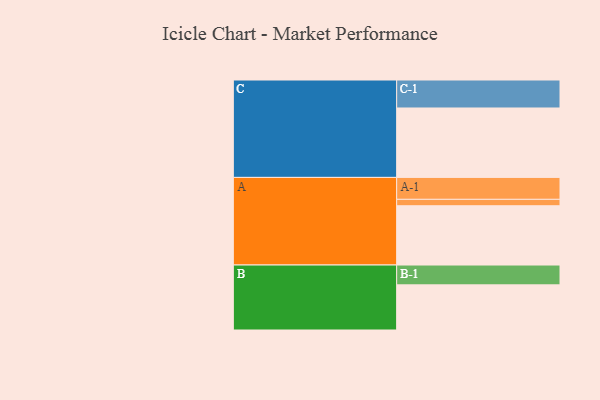
{"axis": {"x": "Segment", "y": "Value"}, "legend": ["", "A", "B", "C"], "data": [{"x": "A", "y": 508, "type": ""}, {"x": "B", "y": 387, "type": ""}, {"x": "C", "y": 595, "type": ""}, {"x": "A-1", "y": 188, "type": "A"}, {"x": "A-2", "y": 55, "type": "A"}, {"x": "B-1", "y": 170, "type": "B"}, {"x": "C-1", "y": 240, "type": "C"}]}